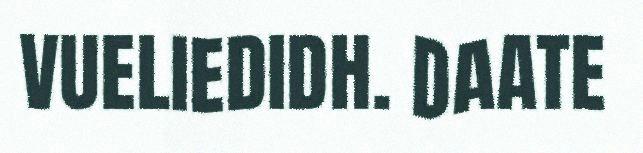
VUELIEDIDH. DAATE